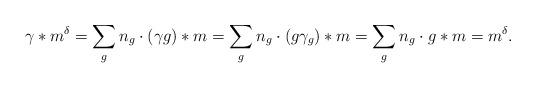
LaTeX: \begin{align*}\gamma\ast m^{\delta}=\sum_{g} n_g\cdot(\gamma g)\ast m=\sum_g n_g\cdot (g\gamma_g)\ast m=\sum_g n_g\cdot g\ast m=m^\delta.\end{align*}